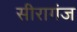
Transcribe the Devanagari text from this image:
सीरागंज